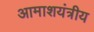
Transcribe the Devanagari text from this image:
आमाशयंत्रीय